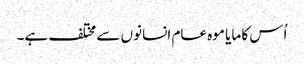
اُس کا مایا موہ عام انسانوں سے مختلف ہے۔